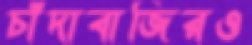
চাঁদাবাজিরও